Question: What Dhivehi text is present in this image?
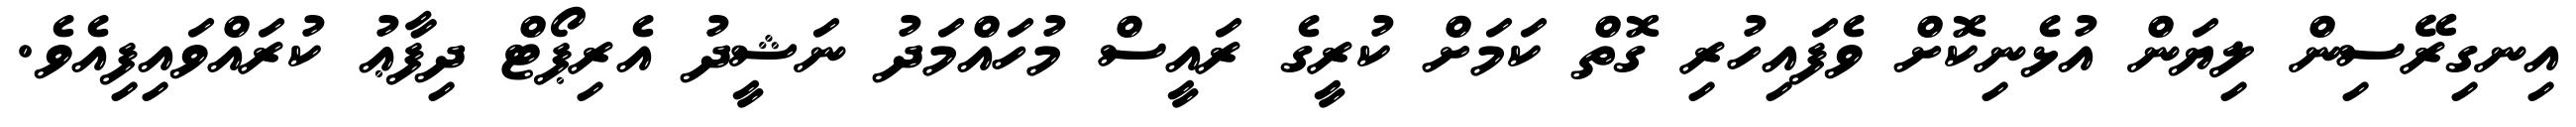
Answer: އިނގިރޭސިން ލިޔަން އުޅެނިކޮށް ވެފައިހުރި ގޮތް ކަމަށް ކުރީގެ ރައީސް މުހައްމަދު ނަޝީދު އެރިޕޯޓް ދިފާޢު ކުރައްވައިފިއެވެ.